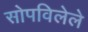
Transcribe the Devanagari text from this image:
सोपविलेले